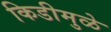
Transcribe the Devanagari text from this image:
किडीमुळे